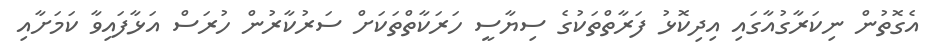
އެގޮތުން ނިކަރާގުއާގައި އިދިކޮޅު ފަރާތްތަކުގެ ސިޔާސީ ހަރަކާތްތަކަށް ސަރުކާރުން ހުރަސް އަޅާފައިވާ ކަމަށާއި